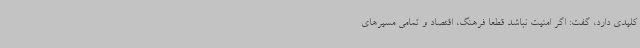
کلیدی دارد، گفت: اگر امنیت نباشد قطعا فرهنگ، اقتصاد و تمامی مسیرهای